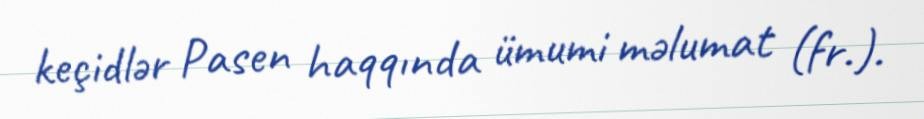
keçidlər Pasen haqqında ümumi məlumat (fr.).